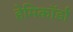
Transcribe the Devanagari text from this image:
हेमिकॉर्डा